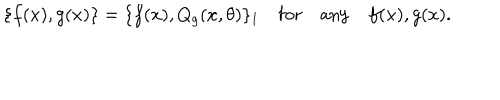
\{ f ( x ) , g ( x ) \} = \{ f ( x ) , Q _ { g } ( x , \theta ) \} _ { 1 } \quad \mathrm { f o r } \quad \mathrm { a n y } \quad f ( x ) , g ( x ) .